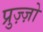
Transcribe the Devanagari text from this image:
प्रुज़्ज़ो